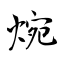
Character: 焥